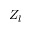
Z _ { l }